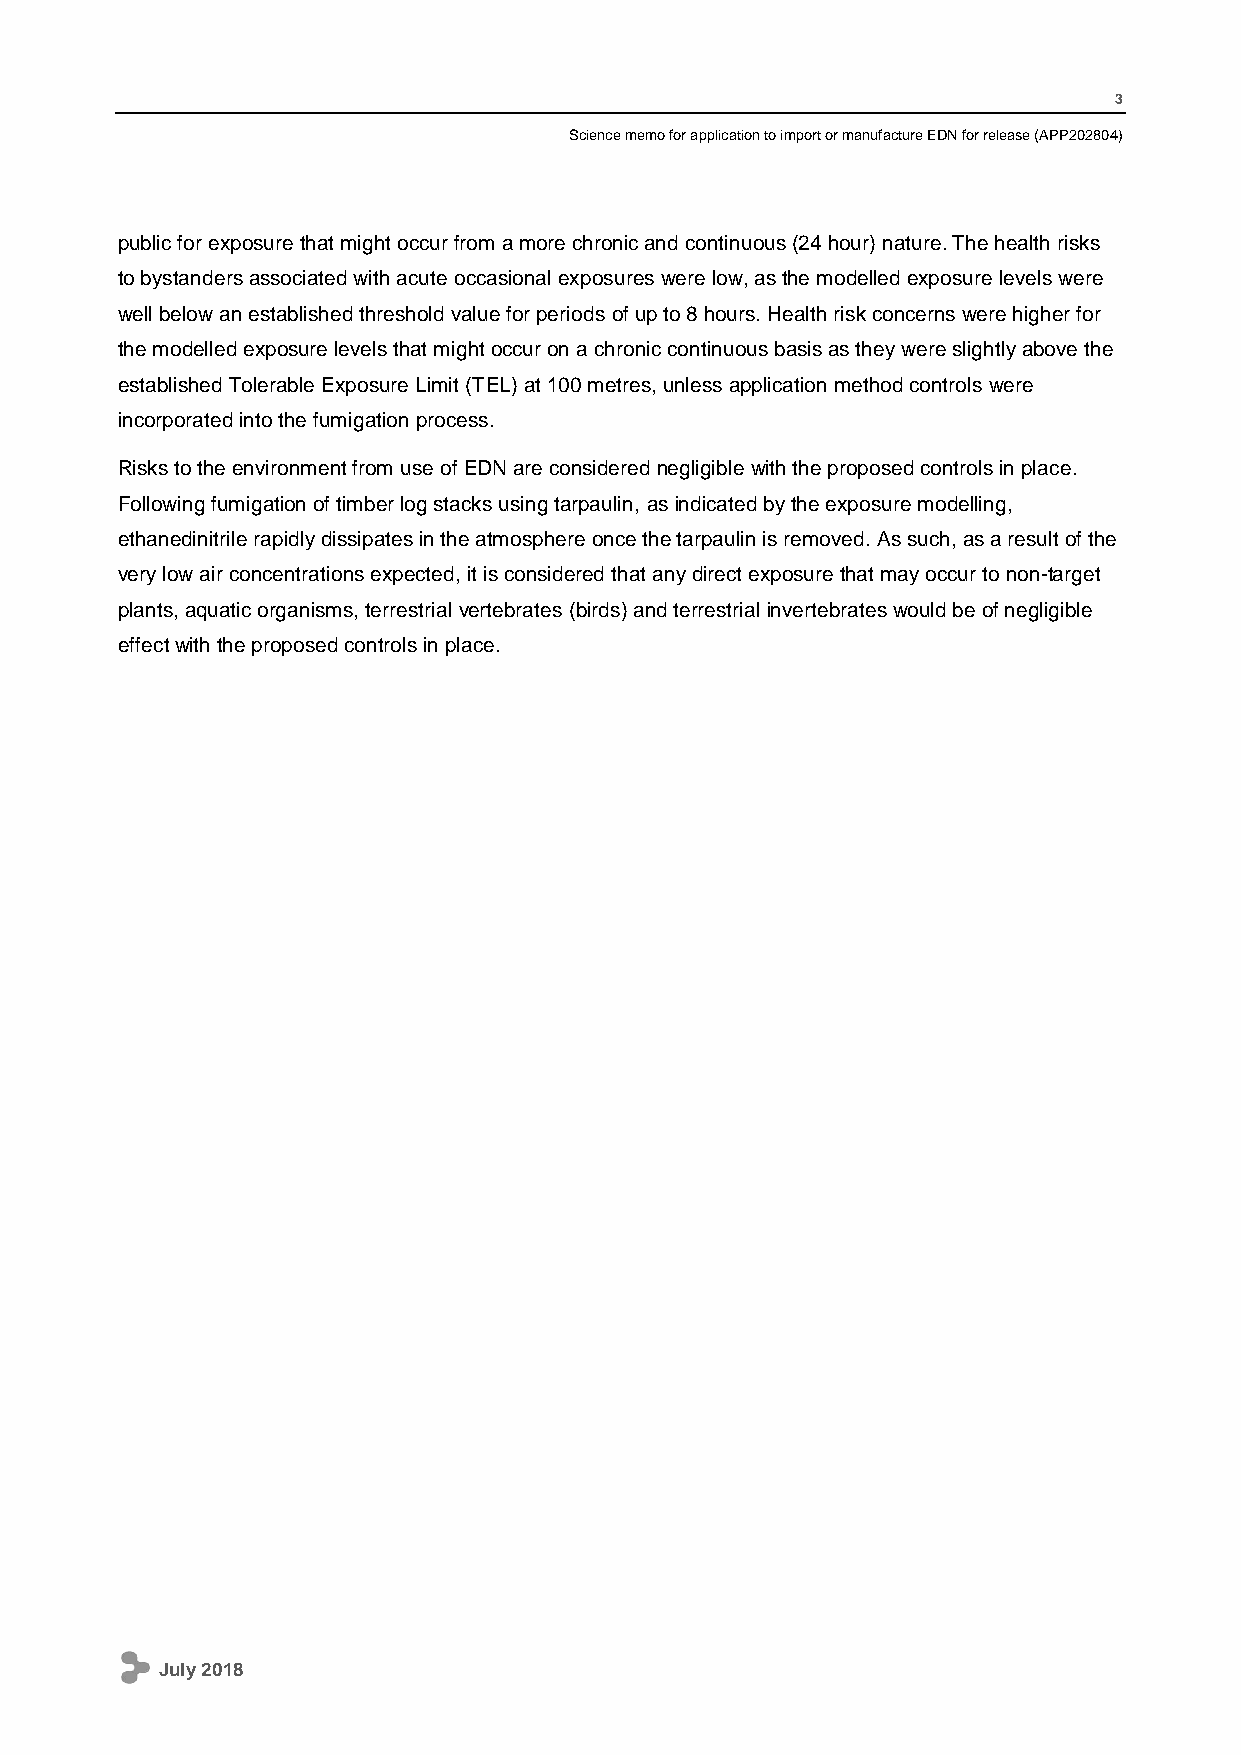
3
 Science memo for application to import or manufacture EDN for release (APP202804)
 public for exposure that might occur from a more chronic and continuous (24 hour) nature. The health risks
 to bystanders associated with acute occasional exposures were low, as the modelled exposure levels were
 well below an established threshold value for periods of up to 8 hours. Health risk concerns were higher for
 the modelled exposure levels that might occur on a chronic continuous basis as they were slightly above the
 established Tolerable Exposure Limit (TEL) at 100 metres, unless application method controls were
 incorporated into the fumigation process.
 Risks to the environment from use of EDN are considered negligible with the proposed controls in place.
 Following fumigation of timber log stacks using tarpaulin, as indicated by the exposure modelling,
 ethanedinitrile rapidly dissipates in the atmosphere once the tarpaulin is removed. As such, as a result of the
 very low air concentrations expected, it is considered that any direct exposure that may occur to non-target
 plants, aquatic organisms, terrestrial vertebrates (birds) and terrestrial invertebrates would be of negligible
 effect with the proposed controls in place.
 July 2018